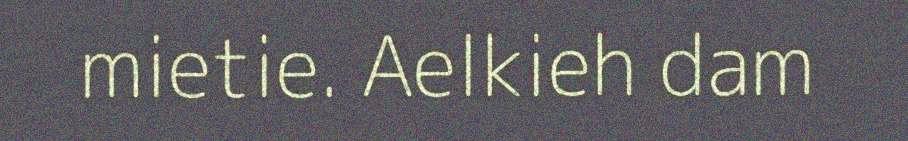
mietie. Aelkieh dam